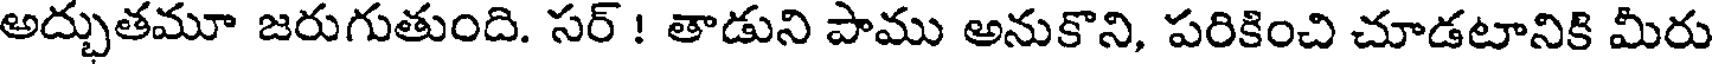
అద్భుతమూ జరుగుతుంది. సర్ ! తాడుని పాము అనుకొని, పరికించి చూడటానికి మీరు